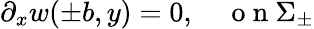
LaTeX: \partial_{x}w(\pm b,y)=0,\quad\mathrm{~o~n~}\Sigma_{\pm}